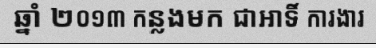
ឆ្នាំ ២០១៣ កន្លងមក ជាអាទិ៍ ការងារ